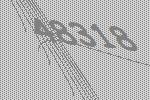
48318